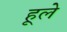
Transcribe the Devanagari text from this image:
हूले